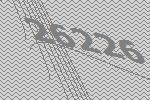
26226